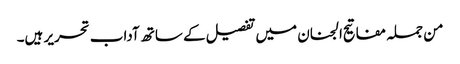
من جملہ مفاتیح الجنان میں تفصیل کے ساتھ آداب تحریر ہیں۔